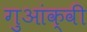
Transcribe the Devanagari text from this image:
गुआंक्वी